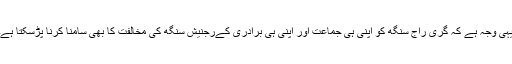
یہی وجہ ہے کہ گری راج سنگھ کو اپنی ہی جماعت اور اپنی ہی برادری کےرجنیش سنگھ کی مخالفت کا بھی سامنا کرنا پڑسکتا ہے۔